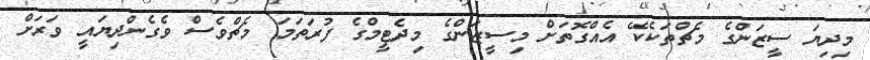
މިދިޔަ ސީޒަންގެ މެޗްތަކެކޭ އެއްގޮތަށް މިސީޒަންގެ މިދެޓީމްގެ ފުރަތަމަ މެޗްވެސް ވެގެންދިޔައީ ވަރަށް